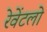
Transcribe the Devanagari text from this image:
रेवेंटलो